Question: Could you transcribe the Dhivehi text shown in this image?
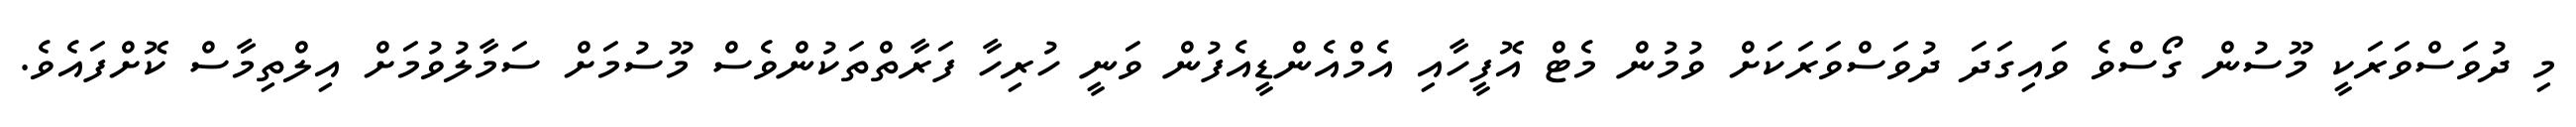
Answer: މި ދުވަސްވަރަކީ މޫސުން ގޯސްވެ ވައިގަދަ ދުވަސްވަރަކަށް ވުމުން މެޓް އޮފީހާއި އެމްއެންޑީއެފުން ވަނީ ހުރިހާ ފަރާތްތަކުންވެސް މޫސުމަށް ސަމާލުވުމަށް އިލްތިމާސް ކޮށްފައެވެ.